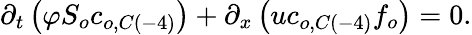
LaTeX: \partial_{t}\left(\varphi S_{o}c_{o,C\left(-4\right)}\right)+\partial_{x}\left(uc_{o,C\left(-4\right)}f_{o}\right)=0.